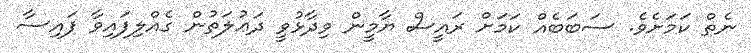
ނެތް ކަމަށެވެ. ސަބަބެއް ކަމަށް ރައީސް ޔާމީން ވިދާޅުވީ ދަޢުލަތުން ގެއްލިފައިވާ ފައިސާ